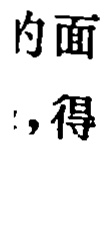
内面
,得